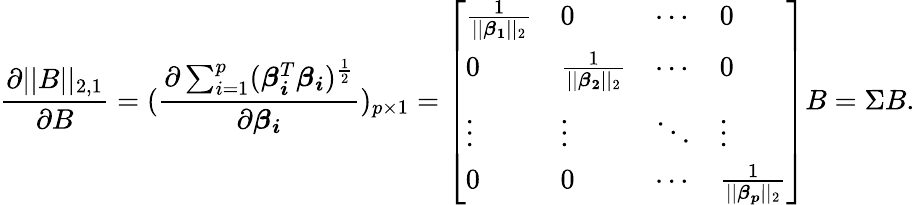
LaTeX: \frac{\partial||B||_{2,1}}{\partial B}=(\frac{\partial\sum_{i=1}^{p}(\boldsymbol{\beta_{i}}^{T}\boldsymbol{\beta_{i}})^{\frac{1}{2}}}{\partial\boldsymbol{\beta_{i}}})_{p\times 1}=\left[\begin{array}{llll}{\frac{1}{||\boldsymbol{\beta_{1}}||_{2}}}&{0}&{\cdots}&{0}\\ {0}&{\frac{1}{||\boldsymbol{\beta_{2}}||_{2}}}&{\cdots}&{0}\\ {\vdots}&{\vdots}&{\ddots}&{\vdots}\\ {0}&{0}&{\cdots}&{\frac{1}{||\boldsymbol{\beta_{p}}||_{2}}}\end{array}\right]B=\Sigma B.